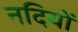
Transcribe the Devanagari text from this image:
नदियों